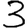
Digit: 3